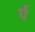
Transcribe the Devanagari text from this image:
र्प